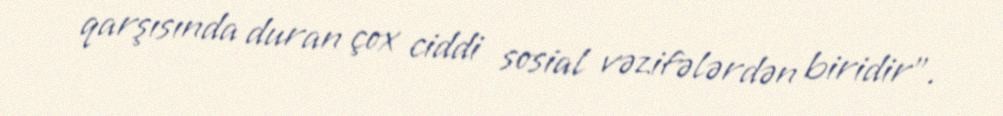
qarşısında duran çox ciddi sosial vəzifələrdən biridir”.